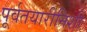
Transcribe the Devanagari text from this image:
पूर्वतयारीनिशी